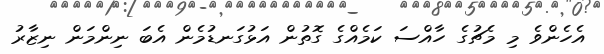
އެހެންވެ މި މެޗުގެ ހާއްސަ ކަމެއްގެ ގޮތުން އަޅުގަނޑުމެން އެބަ ނިންމަން ނިޒާރު